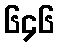
၆၄၆